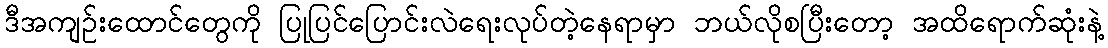
ဒီအကျဉ်းထောင်တွေကို ပြုပြင်ပြောင်းလဲရေးလုပ်တဲ့နေရာမှာ ဘယ်လိုစပြီးတော့ အထိရောက်ဆုံးနဲ့